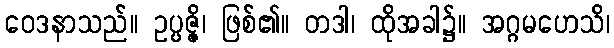
ဝေဒနာသည်။ ဥပ္ပဇ္ဇိ၊ ဖြစ်၏။ တဒါ၊ ထိုအခါ၌။ အဂ္ဂမဟေသိ၊